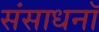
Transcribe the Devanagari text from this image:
संसाधनॉ